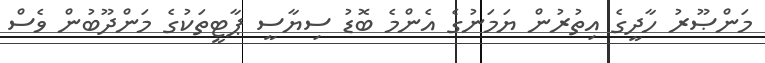
މަންޞޫރު ހާދީގެ އިތުރުން ޔަމަނުގެ އެންމެ ބޮޑު ސިޔާސީ ޕާޓީތަކުގެ މަންދޫބުން ވެސް